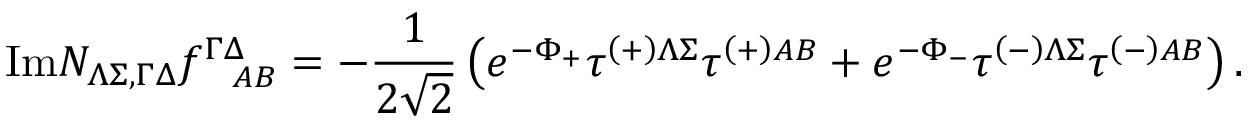
\mathrm { I m } { \cal N } _ { \Lambda \Sigma , \Gamma \Delta } f _ { ~ ~ A B } ^ { \Gamma \Delta } = - { \frac { 1 } { 2 \sqrt { 2 } } } \left( e ^ { - \Phi _ { + } } \tau ^ { \left( + \right) \Lambda \Sigma } \tau ^ { \left( + \right) A B } + e ^ { - \Phi _ { - } } \tau ^ { \left( - \right) \Lambda \Sigma } \tau ^ { \left( - \right) A B } \right) .